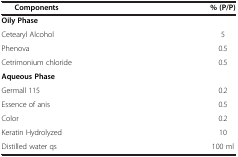
<table><thead><tr><td><b>Components</b></td><td><b>% (P/P)</b></td></tr></thead><tbody><tr><td><b>Oily Phase</b></td><td> </td></tr><tr><td>Cetearyl Alcohol</td><td>5</td></tr><tr><td>Phenova</td><td>0.5</td></tr><tr><td>Cetrimonium chloride</td><td>0.5</td></tr><tr><td><b>Aqueous Phase</b></td><td> </td></tr><tr><td>Germall 115</td><td>0.2</td></tr><tr><td>Essence of anis</td><td>0.5</td></tr><tr><td>Color</td><td>0.2</td></tr><tr><td>Keratin Hydrolyzed</td><td>10</td></tr><tr><td>Distilled water qs</td><td>100 ml</td></tr></tbody></table>